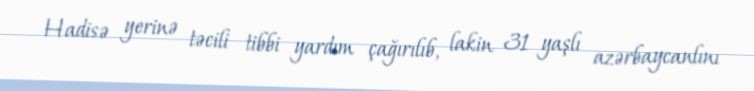
Hadisə yerinə təcili tibbi yardım çağırılıb, lakin 31 yaşlı azərbaycanlını